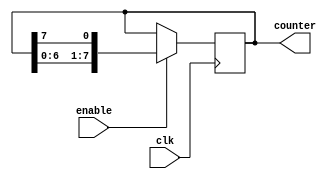
module ring_counter (
    input clk,
    input enable,
    output reg [7:0] counter
);
    
always @(posedge clk) begin
    if (enable) begin
        counter <= {counter[6:0], counter[7]};
    end
end
    
endmodule